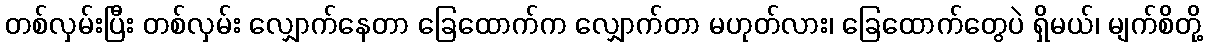
တစ်လှမ်းပြီး တစ်လှမ်း လျှောက်နေတာ ခြေထောက်က လျှောက်တာ မဟုတ်လား၊ ခြေထောက်တွေပဲ ရှိမယ်၊ မျက်စိတို့